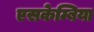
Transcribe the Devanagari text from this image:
एसकेम्बिया